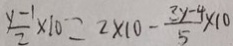
\frac { y - 1 } { 2 } \times 1 0 = 2 \times 1 0 - \frac { 3 y - 4 } { 5 } \times 1 0